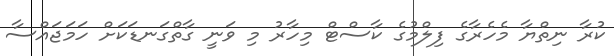
ކުރާ ނިތްޔާ މެހެރާގެ ފިލްމުގެ ކާސްޓް މިހާރު މި ވަނީ ގާތްގަނޑަކަށް ހަމަޖައްސާ